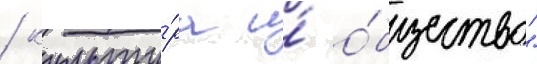
/ культу́ра и́ о́бщество"